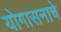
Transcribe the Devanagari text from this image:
योगासनाचे